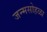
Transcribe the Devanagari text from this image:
जन्मसोहळा